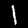
Label: 1